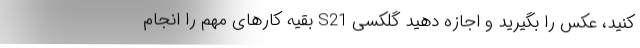
کنید، عکس را بگیرید و اجازه دهید گلکسی S21 بقیه کارهای مهم را انجام